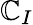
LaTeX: \mathbb{C}_{I}